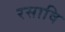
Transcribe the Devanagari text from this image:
रसावि